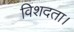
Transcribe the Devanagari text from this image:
विशदता।